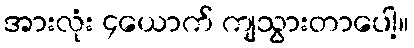
အားလုံး ၄ယောက် ကျသွားတာပေါ့။